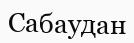
Сабаудан